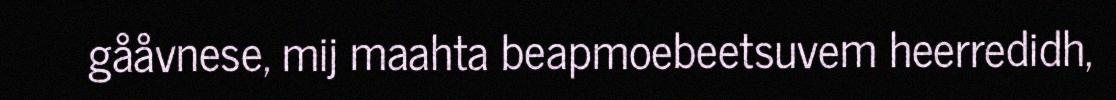
gååvnese, mij maahta beapmoebeetsuvem heerredidh,